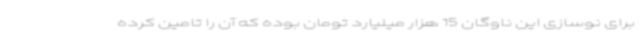
برای نوسازی این ناوگان 15 هزار میلیارد تومان بوده که آن را تامین کرده